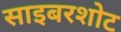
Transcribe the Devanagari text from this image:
साइबरशोट